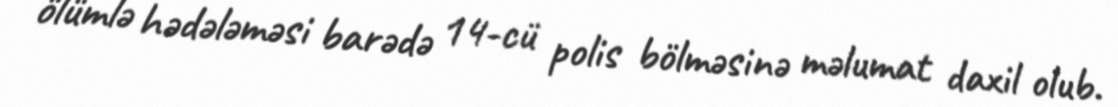
ölümlə hədələməsi barədə 14-cü polis bölməsinə məlumat daxil olub.